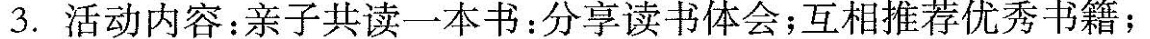
3.活动内容：亲子共读一本书：分享读书体会；互相推荐优秀书籍；